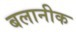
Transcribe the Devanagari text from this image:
बलानीक